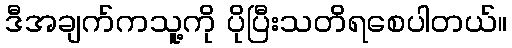
ဒီအချက်ကသူ့ကို ပိုပြီးသတိရစေပါတယ်။